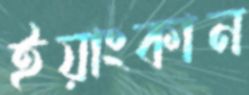
ইয়াংকান